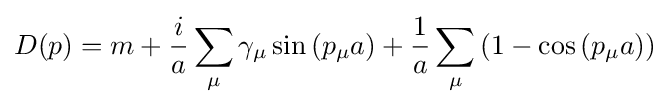
D(p)=m+{\frac {i}{a}}\sum _{\mu }\gamma _{\mu }\sin \left(p_{\mu }a\right)+{\frac {1}{a}}\sum _{\mu }\left(1-\cos \left(p_{\mu }a\right)\right)